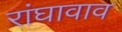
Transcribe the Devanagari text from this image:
रांघावाव